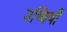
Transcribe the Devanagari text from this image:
उच्चियाँ